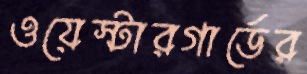
ওয়েস্টারগার্ডের